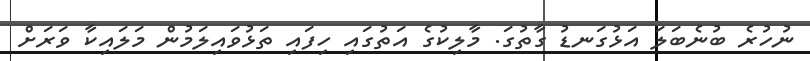
ނުހުރެ ބުނެބަލަ އަޅުގަނޑު ގާތުގަ. މާލިކުގެ އަތުގައި ހިފައި ތަޅުވައިލަމުން މަލައިކާ ވަރަށް